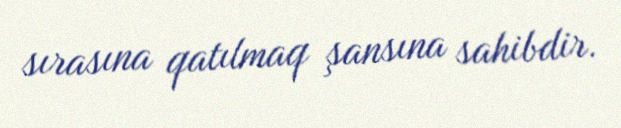
sırasına qatılmaq şansına sahibdir.